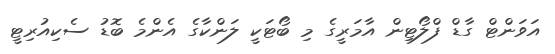
އަވަންޓް ގާޑް ފްލޯޓިން އާމަރީގެ މި ބޯޓަކީ ލަންކާގެ އެންމެ ބޮޑު ސެކިއުރިޓީ